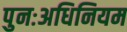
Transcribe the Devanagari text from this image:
पुनःअधिनियम